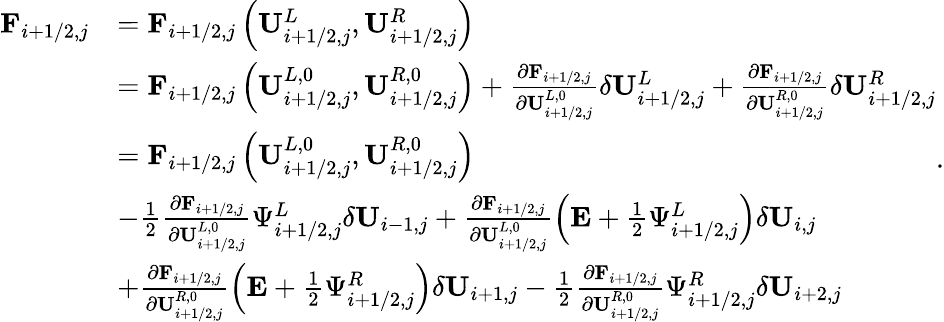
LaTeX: \begin{array}{rl}{\mathbf{F}_{i+1/2,j}}&{=\mathbf{F}_{i+1/2,j}\left(\mathbf{U}_{i+1/2,j}^{L},\mathbf{U}_{i+1/2,j}^{R}\right)}\\ &{=\mathbf{F}_{i+1/2,j}\left(\mathbf{U}_{i+1/2,j}^{L,0},\mathbf{U}_{i+1/2,j}^{R,0}\right)+\frac{\partial\mathbf{F}_{i+1/2,j}}{\partial\mathbf{U}_{i+1/2,j}^{L,0}}\delta\mathbf{U}_{i+1/2,j}^{L}+\frac{\partial\mathbf{F}_{i+1/2,j}}{\partial\mathbf{U}_{i+1/2,j}^{R,0}}\delta\mathbf{U}_{i+1/2,j}^{R}}\\ &{=\mathbf{F}_{i+1/2,j}\left(\mathbf{U}_{i+1/2,j}^{L,0},\mathbf{U}_{i+1/2,j}^{R,0}\right)}\\ &{-\frac{1}{2}\frac{\partial\mathbf{F}_{i+1/2,j}}{\partial\mathbf{U}_{i+1/2,j}^{L,0}}\Psi_{i+1/2,j}^{L}\delta\mathbf{U}_{i-1,j}+\frac{\partial\mathbf{F}_{i+1/2,j}}{\partial\mathbf{U}_{i+1/2,j}^{L,0}}\left(\mathbf{E}+\frac{1}{2}\Psi_{i+1/2,j}^{L}\right)\delta\mathbf{U}_{i,j}}\\ &{+\frac{\partial\mathbf{F}_{i+1/2,j}}{\partial\mathbf{U}_{i+1/2,j}^{R,0}}\left(\mathbf{E}+\frac{1}{2}\Psi_{i+1/2,j}^{R}\right)\delta\mathbf{U}_{i+1,j}-\frac{1}{2}\frac{\partial\mathbf{F}_{i+1/2,j}}{\partial\mathbf{U}_{i+1/2,j}^{R,0}}\Psi_{i+1/2,j}^{R}\delta\mathbf{U}_{i+2,j}}\end{array}.